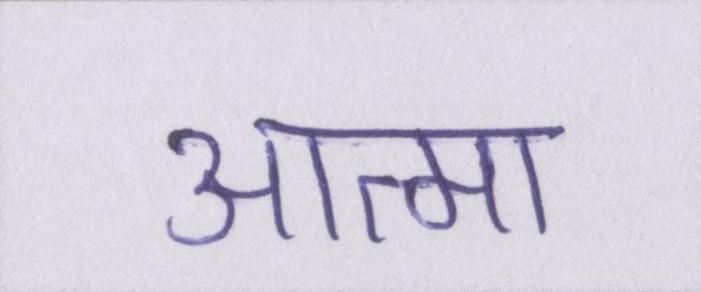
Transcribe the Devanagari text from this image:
आत्मा